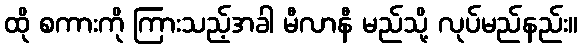
ထို စကားကို ကြားသည့်အခါ မီလာနီ မည်သို့ လုပ်မည်နည်း။